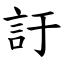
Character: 訏